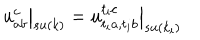
LaTeX: \left. u _ { a b } ^ { c } \right| _ { s u ( k ) } = \left. u _ { t _ { i } a , t _ { i } b } ^ { t _ { i } c } \right| _ { s u ( k _ { i } ) }